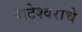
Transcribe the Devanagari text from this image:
पाटेश्वराचे